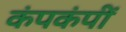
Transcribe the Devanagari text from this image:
कंपकंपीं